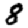
Digit: 8